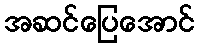
အဆင်ပြေအောင်